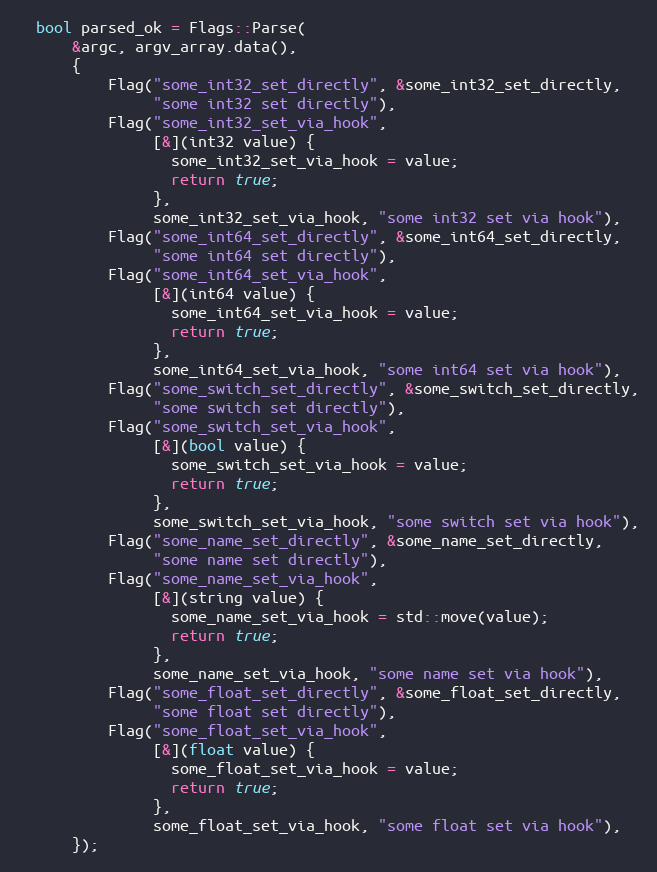
Language: C++
  bool parsed_ok = Flags::Parse(
      &argc, argv_array.data(),
      {
          Flag("some_int32_set_directly", &some_int32_set_directly,
               "some int32 set directly"),
          Flag("some_int32_set_via_hook",
               [&](int32 value) {
                 some_int32_set_via_hook = value;
                 return true;
               },
               some_int32_set_via_hook, "some int32 set via hook"),
          Flag("some_int64_set_directly", &some_int64_set_directly,
               "some int64 set directly"),
          Flag("some_int64_set_via_hook",
               [&](int64 value) {
                 some_int64_set_via_hook = value;
                 return true;
               },
               some_int64_set_via_hook, "some int64 set via hook"),
          Flag("some_switch_set_directly", &some_switch_set_directly,
               "some switch set directly"),
          Flag("some_switch_set_via_hook",
               [&](bool value) {
                 some_switch_set_via_hook = value;
                 return true;
               },
               some_switch_set_via_hook, "some switch set via hook"),
          Flag("some_name_set_directly", &some_name_set_directly,
               "some name set directly"),
          Flag("some_name_set_via_hook",
               [&](string value) {
                 some_name_set_via_hook = std::move(value);
                 return true;
               },
               some_name_set_via_hook, "some name set via hook"),
          Flag("some_float_set_directly", &some_float_set_directly,
               "some float set directly"),
          Flag("some_float_set_via_hook",
               [&](float value) {
                 some_float_set_via_hook = value;
                 return true;
               },
               some_float_set_via_hook, "some float set via hook"),
      });